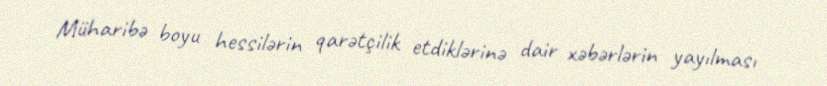
Müharibə boyu hessilərin qarətçilik etdiklərinə dair xəbərlərin yayılması